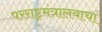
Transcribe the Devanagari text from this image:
परराष्ट्रमंत्रालयाचा